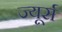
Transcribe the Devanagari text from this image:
ज्यूर्स